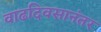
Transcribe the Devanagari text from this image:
वाढदिवसानंतर